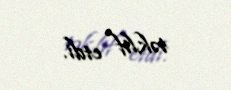
təklif etdi.